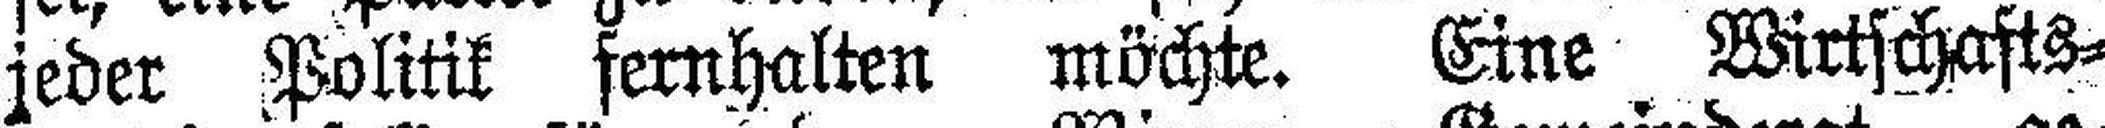
jeder Politik fernhalten möchte. Eine Wirtschafts¬